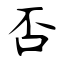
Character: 否